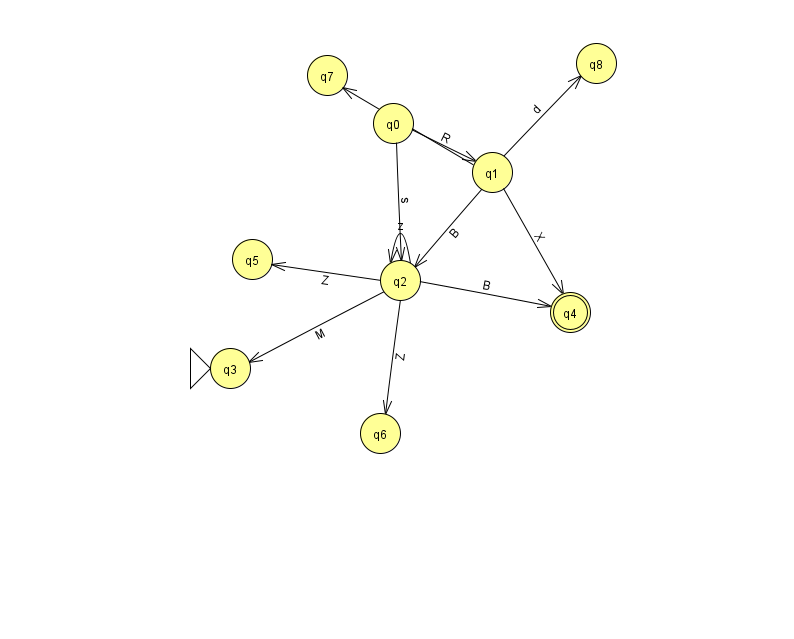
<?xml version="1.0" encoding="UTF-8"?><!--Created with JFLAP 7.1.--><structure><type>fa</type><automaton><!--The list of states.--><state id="0" name="q0"><x>393.0</x><y>110.0</y></state><state id="1" name="q1"><x>492.0</x><y>159.0</y></state><state id="2" name="q2"><x>400.0</x><y>267.0</y></state><state id="3" name="q3"><x>230.0</x><y>355.0</y><initial/></state><state id="4" name="q4"><x>570.0</x><y>299.0</y><final/></state><state id="5" name="q5"><x>252.0</x><y>246.0</y></state><state id="6" name="q6"><x>380.0</x><y>420.0</y></state><state id="7" name="q7"><x>327.0</x><y>62.0</y></state><state id="8" name="q8"><x>596.0</x><y>50.0</y></state><!--The list of transitions.--><transition><from>2</from><to>5</to><read>Z</read></transition><transition><from>2</from><to>3</to><read>M</read></transition><transition><from>2</from><to>4</to><read>B</read></transition><transition><from>1</from><to>2</to><read>B</read></transition><transition><from>0</from><to>2</to><read>s</read></transition><transition><from>1</from><to>7</to><read>T</read></transition><transition><from>2</from><to>2</to><read>z</read></transition><transition><from>0</from><to>1</to><read>R</read></transition><transition><from>2</from><to>6</to><read>Z</read></transition><transition><from>1</from><to>4</to><read>X</read></transition><transition><from>1</from><to>8</to><read>d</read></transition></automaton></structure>